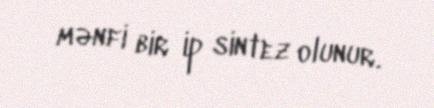
mənfi bir ip sintez olunur.